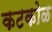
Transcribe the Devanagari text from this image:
कटकोळ